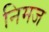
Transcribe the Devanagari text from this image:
निमज